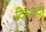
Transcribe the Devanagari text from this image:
दिनतंदी